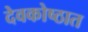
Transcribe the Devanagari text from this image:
देवकोष्ठात